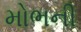
મોભની